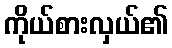
ကိုယ်စားလှယ်၏